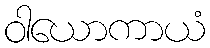
ဝါယောကာယံ